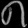
Digit: ၈